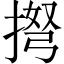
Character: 𢮫